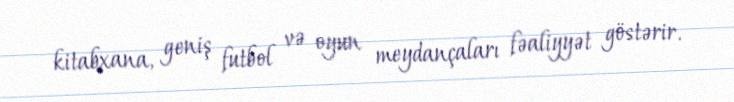
kitabxana, geniş futbol və oyun meydançaları fəaliyyət göstərir.